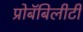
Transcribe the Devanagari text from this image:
प्रोबॅबिलीटी